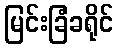
မြင်းခြံခရိုင်